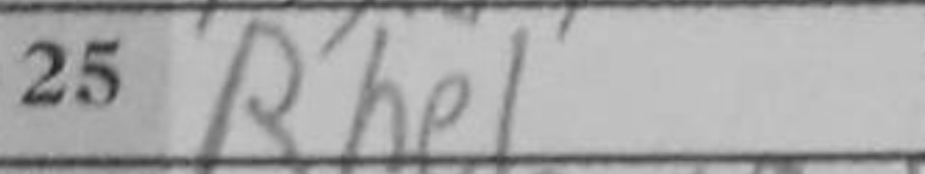
Transcription: Rhe1